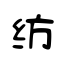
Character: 纺